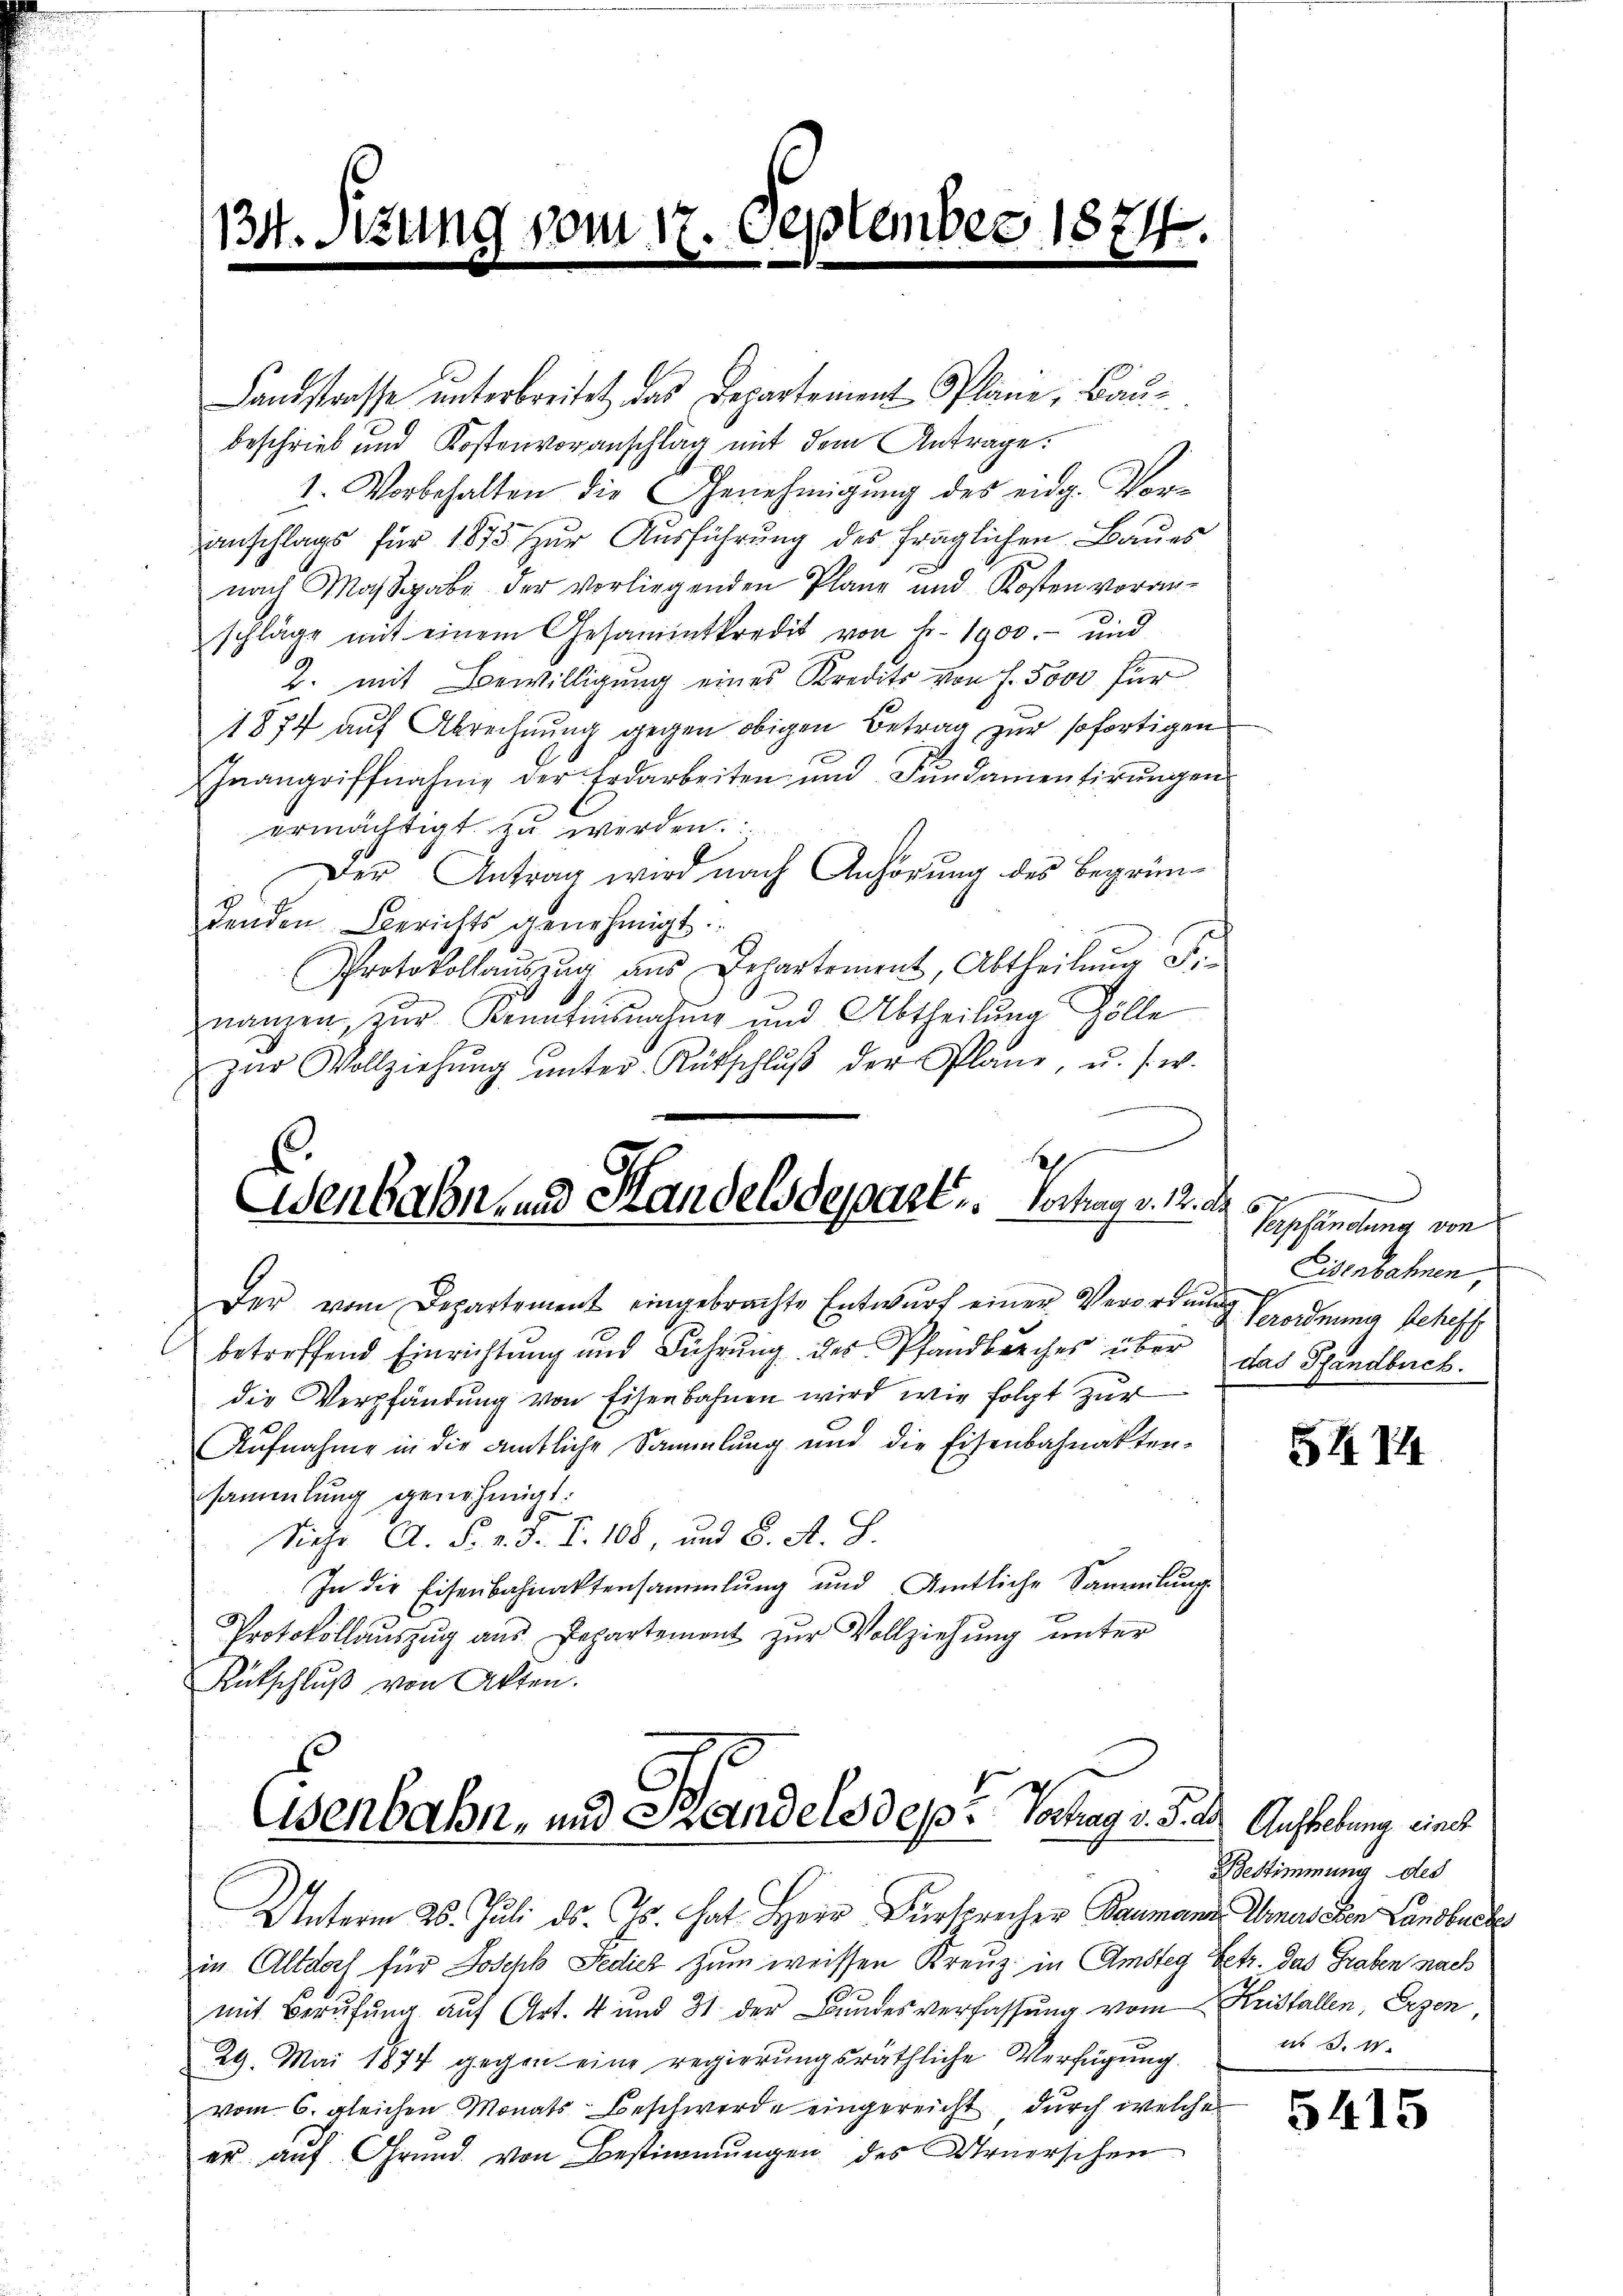
134. Szum

vom 17. Septemb.
e

8217
m

Landstrasse unterbreitet, das Departement Pläne, Baubeschrieb und Kostenvoranschlag mit dem Antrage:
1. Vorbehalten die Genehmigung des eidg. Voranschlags für 1873 zur Ausführung des fraglichen Baues
nach Maβgabe der vorliegenden Plane und Kosten voran-
schläge mit einem Gesammtkredit von Fr. 1900.- und
2. mit Bewilligung eines Kredits von s. Sovi für
1874 auf Abrechnung gegen obigen Betrag zur sofortigen
Inangriffnahme der Erdarbeiten und Fundamentirŭngen
ermächtigt zu werden.
Der Antrag wird nach Anhörung des Begründenden Berichts genehmigt.
Protokollaŭszŭg ans Departement, Abtheilŭng d
nanzen, zŭr Kenntnisnahme und Abtheilŭng Zölle
zŭr Vollziehŭng ŭnter Rütschlŭβ der Plane, u. s. w.

Esen haben, und Handelsdepart, so man v. 12. des

Der vom Departement eingebrachte Entwurf einer Verordnung
betreffend Einrichtung und Führŭng des Pfandbreches über das Pfandbuch.
die Verpfändung von Eisenbahnen wird wie folgt zur
Aufnahme in die amtliche Sammlung und die Eisenbahnakten-
sammlung genehmigt.
Siehe A. F. v. J. P. 108, und S. A. S.
In die Eisenbahnaktensammlung und Amtliche Sammlung
Protokollauszug aus Departement zur Vollziehung unter
Rutschlŭβ von Akten.
Eisenbahn- und Handels depe Vortrag v. 5. d. Aufhebung eine
Unterm 25. Juli d. Js. hat Herr Furrecher Baumann
in Altdorf für Joseph Pedich zum weissen Kreuz in Amsteg Betr. das Graben nach
mit Berufung auf Art. 4 und 31 der Bundesverfassung vom Kristallen, Erzen
29. Mai 1874 gegen eine regierungsräthliche Verfügung.
vom 6. gleichen Monats Beschwerde eingereicht, durch welche
er auf Grund von Bestimmungen des Urnerschen

Verpfändung von
Eisenbahnen,
I. Verordnung scheff

5414

Bestimmung des
Amnes eben Landbuche
 d. M.

5415